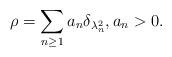
LaTeX: \begin{align*}\rho=\sum_{n\ge 1} a_n \delta_{\lambda_n^2} , a_n>0. \end{align*}